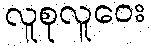
လူစုလူဝေး